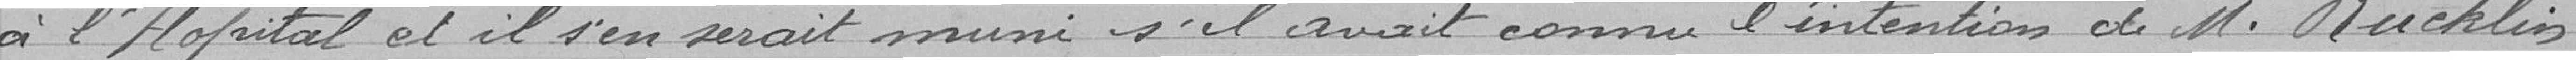
à l'Hôpital et il s'en serait muni s'il avait connu l'intention de M. Rucklin